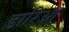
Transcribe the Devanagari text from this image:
डारिओ